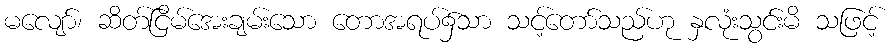
မလျော်၊ ဆိတ်ငြိမ်အေးချမ်းသော တောအရပ်၌သာ သင့်တော်သည်ဟု နှလုံးသွင်းမိ သဖြင့်